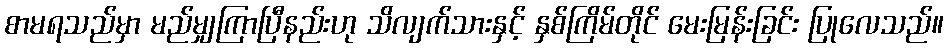
စာမရသည်မှာ မည်မျှကြာပြီနည်းဟု သိလျက်သားနှင့် နှစ်ကြိမ်တိုင် မေးမြန်းခြင်း ပြုလေသည်။